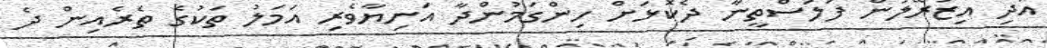
އަދި އިޒުރޭލުން ފަލަސްތީނާ ދެކޮޅަށް ހިންގަމުންދާ އަނިޔާވެރި އަމަލު ތަކުގެ ތެރެއިން ދެ